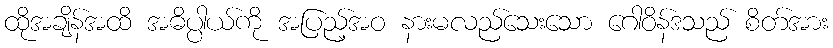
ထိုအချိန်အထိ အဓိပ္ပါယ်ကို အပြည့်အဝ နားမလည်သေးသော ဂေါဝိန်ဒသည် စိတ်အား